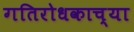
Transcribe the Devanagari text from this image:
गतिरोधकाच्या